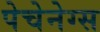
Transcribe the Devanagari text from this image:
पेचेनेग्स